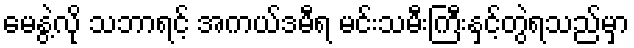
မေနွဲ့လို သဘာရင့် အကယ်ဒမီရ မင်းသမီးကြီးနှင့်တွဲရသည်မှာ